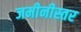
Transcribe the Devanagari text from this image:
जमीनीस्तर